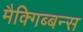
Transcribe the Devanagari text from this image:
मैक्गिब्बन्स